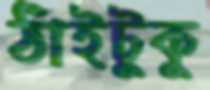
ঠাঁইটুকু